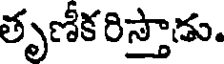
తృణీక రిస్తాడు.